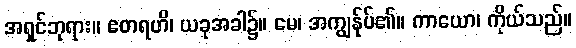
အရှင်ဘုရား။ ဧတရဟိ၊ ယခုအခါ၌။ မေ၊ အကျွန်ုပ်၏။ ကာယော၊ ကိုယ်သည်။